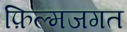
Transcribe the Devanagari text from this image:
फ़िल्मजगत